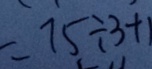
= 7 5 \div 3 + 1